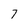
Character: 7